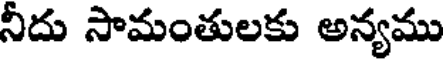
నీదు సామంతులకు అన్యము